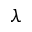
\lambda